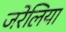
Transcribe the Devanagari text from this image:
जरेलिया